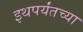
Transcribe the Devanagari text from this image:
इथपर्यंतच्या